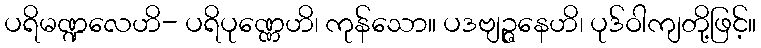
ပရိမဏ္ဍလေဟိ- ပရိပုဏ္ဏေဟိ၊ ကုန်သော။ ပဒဗျဉ္ဇနေဟိ၊ ပုဒ်ဝါကျတို့ဖြင့်။